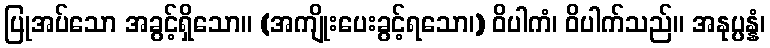
ပြုအပ်သော အခွင့်ရှိသော။ (အကျိုးပေးခွင့်ရသော၊) ဝိပါကံ၊ ဝိပါက်သည်။ အနုပ္ပန္နံ၊